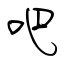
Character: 吧